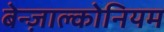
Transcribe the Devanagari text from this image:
बेन्ज़ाल्कोनियम